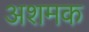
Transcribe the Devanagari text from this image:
अशमक